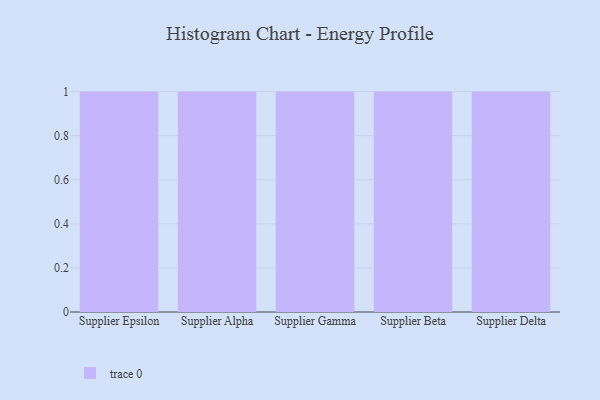
{"axis": {"x": "Supplier", "y": "Market Share (%)"}, "legend": [""], "data": [{"x": "Supplier Epsilon", "y": 51, "type": ""}, {"x": "Supplier Alpha", "y": 89, "type": ""}, {"x": "Supplier Gamma", "y": 96, "type": ""}, {"x": "Supplier Beta", "y": 13, "type": ""}, {"x": "Supplier Delta", "y": 74, "type": ""}]}